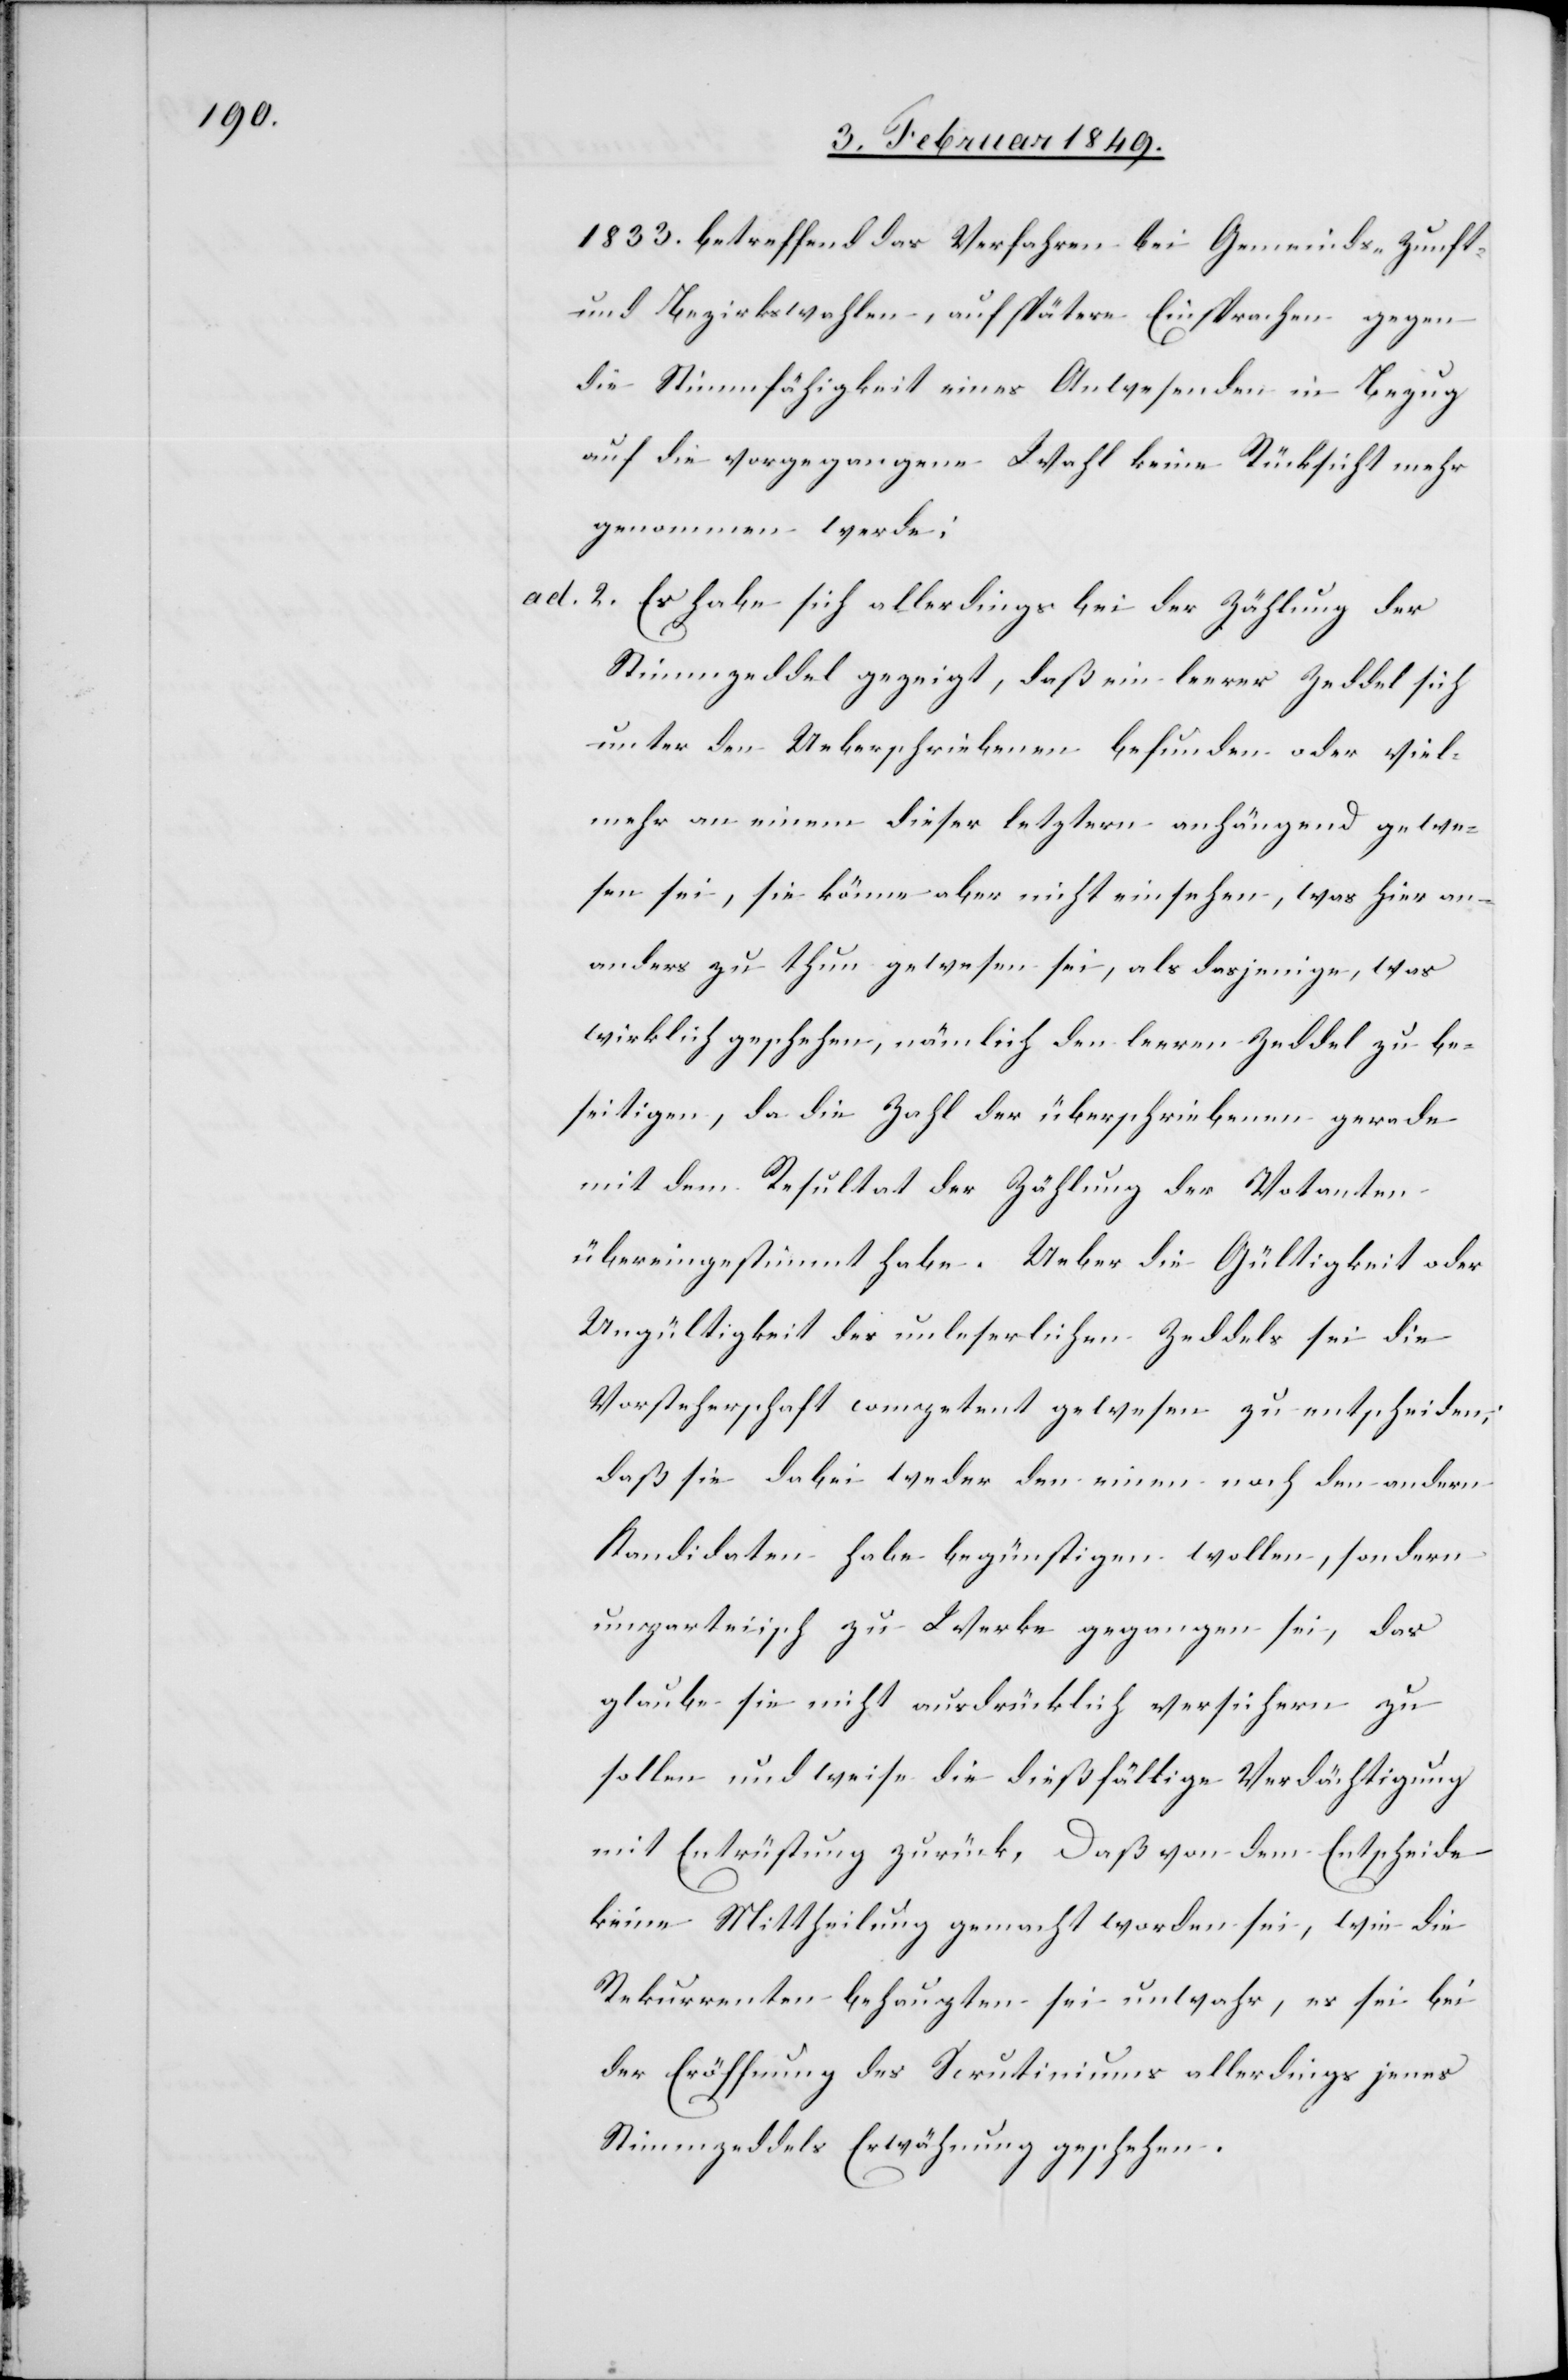
1833. betreffend das Verfahren bei Gemeinds- Zunft-
und Bezirkswahlen, auf spätere Einsprachen gegen
die Stimmfähigkeit eines Anwesenden in Bezug
auf die vorgegangene Wahl keine Rücksicht mehr
genommen werde.
2. Es habe sich allerdings bei der Zählung der
Stimmzeddel gezeigt, daß ein leerer Zeddel sich
unter den Ueberschriebenen befunden oder viel¬
mehr an einem dieser letztern anhängend gewe¬
sen sei, sie könne aber nicht einsehen, was hier an¬
anders [sic!] zu thun gewesen sei, als dasjenige, was
wirklich geschehen, nämlich den leeren Zeddel zu be¬
seitigen, da die Zahl der überschriebenen gerade
mit dem Resultat der Zählung der Votanten
übereingestimmt habe. Ueber die Gültigkeit oder
Ungültigkeit des unleserlichen Zeddels sei die
Vorsteherschaft competent gewesen zu entscheiden;
daß sie dabei weder den einen noch den andern
Kandidaten habe begünstigen wollen, sondern
unparteiisch zu Werke gegangen sei, das
glaube sie nicht ausdrücklich versichern zu
sollen und weise die dießfällige Verdächtigung
mit Entrüstung zurück. Daß von dem Entscheide
keine Mittheilung gemacht worden sei, wie die
Rekurrenten behaupten sei unwahr, es sei bei
der Eröffnung des Scrutiniums allerdings jenes
Stimmzeddels Erwähnung geschehen.